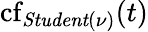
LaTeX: \operatorname{cf}_{\mathit{Student}(\nu)}(t)